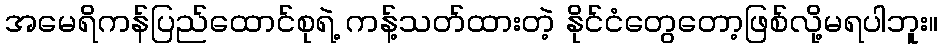
အမေရိကန်ပြည်ထောင်စုရဲ့ ကန့်သတ်ထားတဲ့ နိုင်ငံတွေတော့ဖြစ်လို့မရပါဘူး။